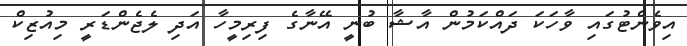
އިވެންޓުގައި ވާހަކަ ދައްކަމުން އާޝާ ބުނީ އޭނާގެ ފިރިމީހާ އަދި ލެޖެންޑަރީ މިއުޒިކް